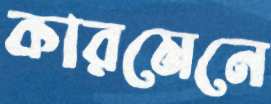
কারমেনে